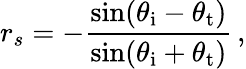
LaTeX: r_{s}=-{\frac{\sin(\theta_{\mathrm{i}}-\theta_{\mathrm{t}})}{\sin(\theta_{\mathrm{i}}+\theta_{\mathrm{t}})}}\, ,